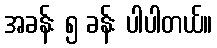
အခန်း ၅ ခန်း ပါပါတယ်။